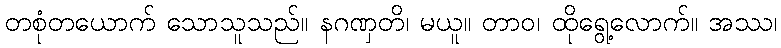
တစုံတယောက် သောသူသည်။ နဂဏှတိ၊ မယူ။ တာဝ၊ ထိုရွေ့လောက်။ အဿ၊